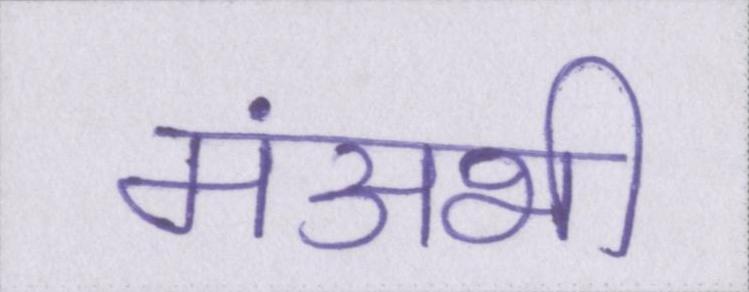
मंअभी